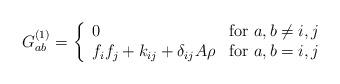
LaTeX: \begin{align*}G_{ab}^{(1)} = \left\{ \begin{array}{ll} 0 & \mbox{for $a,b\ne i,j$} \\ f_if_j+k_{ij}+\delta_{ij}A\rho & \mbox{for $a,b= i,j$} \end{array}\right. \end{align*}